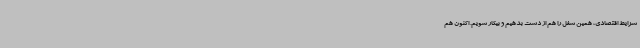
شرایط اقتصادی، همین شغل را هم از دست بدهیم و بیکار شویم. اکنون هم